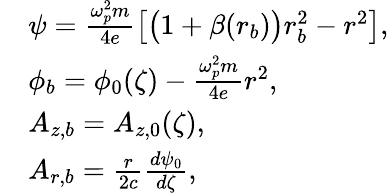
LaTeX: \begin{array}{rl}&{\psi=\frac{\omega_{p}^{2}m}{4e}\left[\big(1+\beta(r_{b})\big)r_{b}^{2}-r^{2}\right],}\\ &{\phi_{b}=\phi_{0}(\zeta)-\frac{\omega_{p}^{2}m}{4e}r^{2},}\\ &{A_{z,b}=A_{z,0}(\zeta),}\\ &{A_{r,b}=\frac{r}{2c}\frac{d\psi_{0}}{d\zeta},}\end{array}